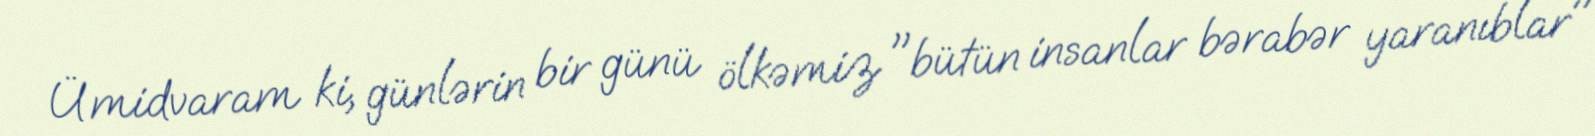
Ümidvaram ki, günlərin bir günü ölkəmiz "bütün insanlar bərabər yaranıblar"